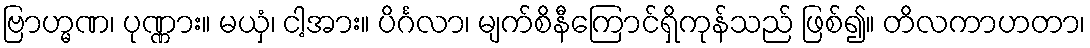
ဗြာဟ္မဏ၊ ပုဏ္ဏား။ မယှံ၊ ငါ့အား။ ပိင်္ဂလာ၊ မျက်စိနီကြောင်ရှိကုန်သည် ဖြစ်၍။ တိလကာဟတာ၊